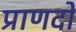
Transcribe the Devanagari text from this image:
प्राणदो